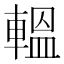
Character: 轀